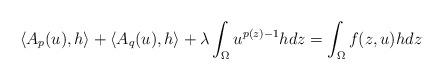
LaTeX: \begin{align*} \langle A_p(u),h\rangle +\langle A_q(u),h\rangle+\lambda\int_\Omega u^{p(z)-1}hdz=\int_\Omega f(z,u)hdz\end{align*}